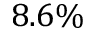
8 . 6 \%